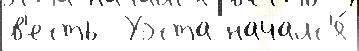
в'есть  Уэста началс'я́